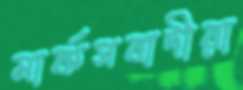
মার্কসবাদীরা